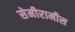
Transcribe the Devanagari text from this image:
सेमीरामीस